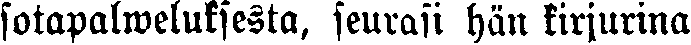
sotapalweluksesta, seurasi hän kirjurina